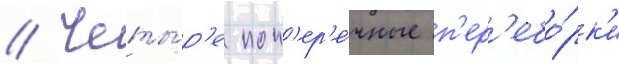
// Четы́р'е поп'ер'е́чные п'ер'ебо́рк'и